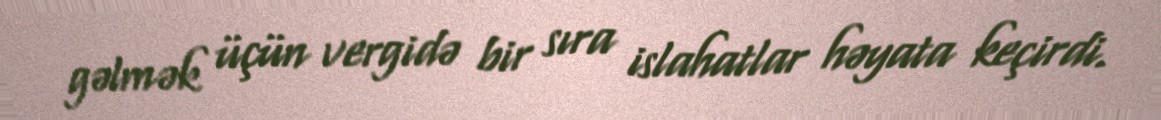
gəlmək üçün vergidə bir sıra islahatlar həyata keçirdi.